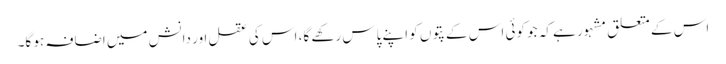
اس کے متعلق مشہور ہے کہ جو کوئی اس کے پتوں کو اپنے پاس رکھے گا، اس کی عقل اور دانش میں اضافہ ہو گا۔